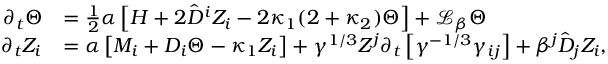
\begin{array} { r l } { \partial _ { t } \Theta } & { = \frac { 1 } { 2 } \alpha \left[ H + 2 \hat { D } ^ { i } Z _ { i } - 2 \kappa _ { 1 } ( 2 + \kappa _ { 2 } ) \Theta \right] + \mathcal { L } _ { \beta } \Theta } \\ { \partial _ { t } Z _ { i } } & { = \alpha \left[ M _ { i } + D _ { i } \Theta - \kappa _ { 1 } Z _ { i } \right] + \gamma ^ { 1 / 3 } Z ^ { j } \partial _ { t } \left[ \gamma ^ { - 1 / 3 } \gamma _ { i j } \right] + \beta ^ { j } \hat { D } _ { j } Z _ { i } , } \end{array}